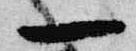
一